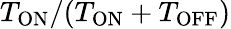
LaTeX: T_{\mathrm{ON}}/(T_{\mathrm{ON}}+T_{\mathrm{OFF}})